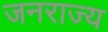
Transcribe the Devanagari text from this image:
जनराज्य